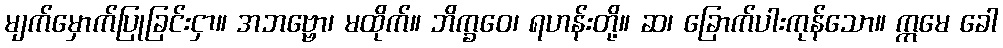
မျက်မှောက်ပြုခြင်းငှာ။ အဘဗ္ဗော၊ မထိုက်။ ဘိက္ခဝေ၊ ရဟန်းတို့။ ဆ၊ ခြောက်ပါးကုန်သော။ ဣမေ ခေါ